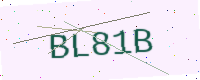
Text: BL81B